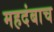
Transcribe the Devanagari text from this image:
महदंबाच